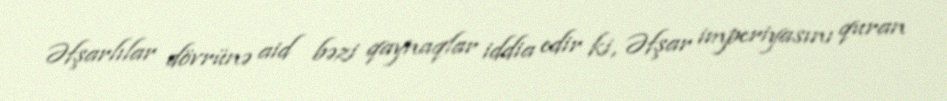
Əfşarlılar dövrünə aid bəzi qaynaqlar iddia edir ki, Əfşar imperiyasını quran